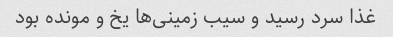
غذا سرد رسید و سیب زمینی‌ها یخ و مونده بود